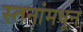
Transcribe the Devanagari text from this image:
स्तनांमधून